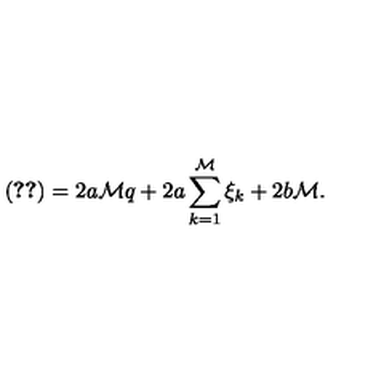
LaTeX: ( \ref { w 1 A } ) = 2 a { \mathcal M } q + 2 a \sum _ { k = 1 } ^ { \mathcal M } \xi _ { k } + 2 b { \mathcal M } .